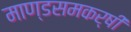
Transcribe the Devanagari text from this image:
माण्डसमकर्षी